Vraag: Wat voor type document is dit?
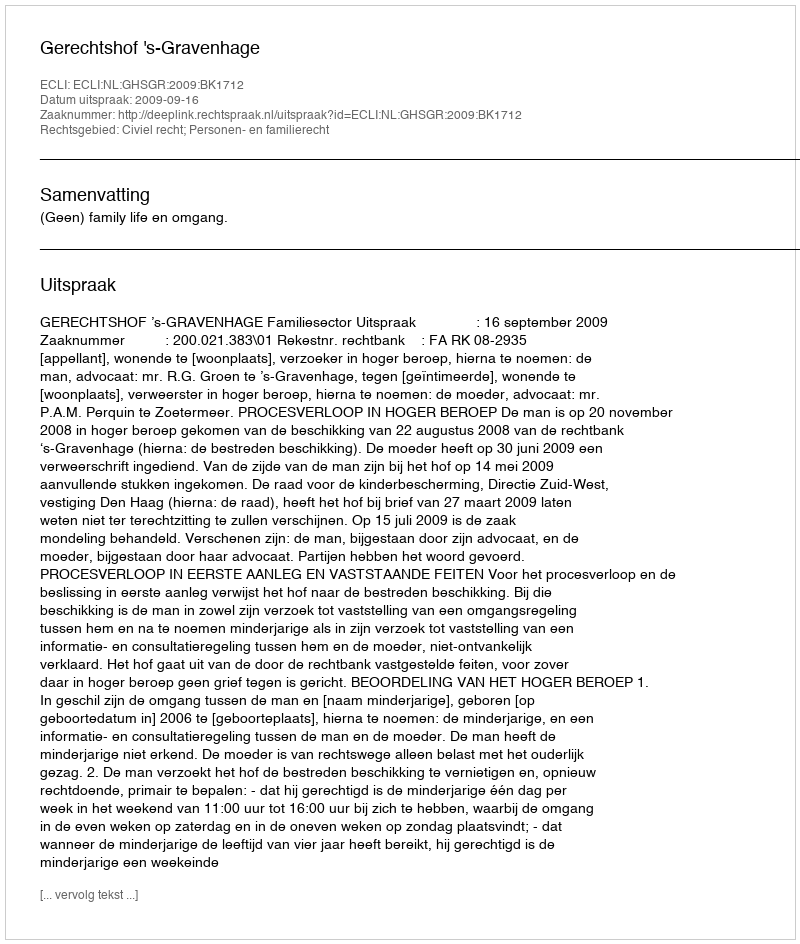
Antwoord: Uitspraak